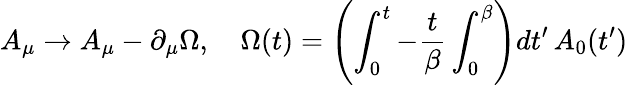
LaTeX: A_{\mu}\rightarrow A_{\mu}-\partial_{\mu}\Omega,\quad\Omega(t)=\left(\int_{0}^{t}-{\frac{t}{\beta}}\int_{0}^{\beta}\right)dt^{\prime}\, A_{0}(t^{\prime})